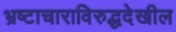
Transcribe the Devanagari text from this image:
भ्रष्टाचाराविरुद्धदेखील